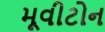
મૂવીટોન